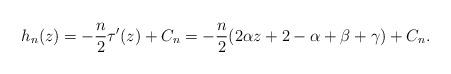
LaTeX: \begin{align*}h_{n}(z)=-\frac{n}{2}\tau'(z)+C_{n}=-\frac{n}{2}(2\alpha z+2-\alpha+\beta+\gamma)+C_{n}.\end{align*}